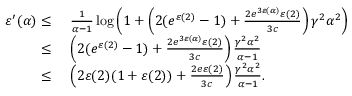
\begin{array} { r l } { \varepsilon ^ { \prime } ( \alpha ) \leq } & { \ \frac { 1 } { \alpha - 1 } \log \left( 1 + \left( 2 ( e ^ { \varepsilon ( 2 ) } - 1 ) + \frac { 2 e ^ { 3 \varepsilon ( \alpha ) } \varepsilon ( 2 ) } { 3 c } \right) \gamma ^ { 2 } \alpha ^ { 2 } \right) } \\ { \leq } & { \ \left( 2 ( e ^ { \varepsilon ( 2 ) } - 1 ) + \frac { 2 e ^ { 3 \varepsilon ( \alpha ) } \varepsilon ( 2 ) } { 3 c } \right) \frac { \gamma ^ { 2 } \alpha ^ { 2 } } { \alpha - 1 } } \\ { \leq } & { \ \left( 2 \varepsilon ( 2 ) ( 1 + \varepsilon ( 2 ) ) + \frac { 2 e \varepsilon ( 2 ) } { 3 c } \right) \frac { \gamma ^ { 2 } \alpha ^ { 2 } } { \alpha - 1 } . } \end{array}